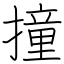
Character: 撞